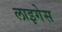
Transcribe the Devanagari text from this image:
लाइगेस